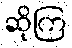
ဆိုကြ